Mental hospitals Bombay report 1921-28 - 1921-1928
Year: 1921
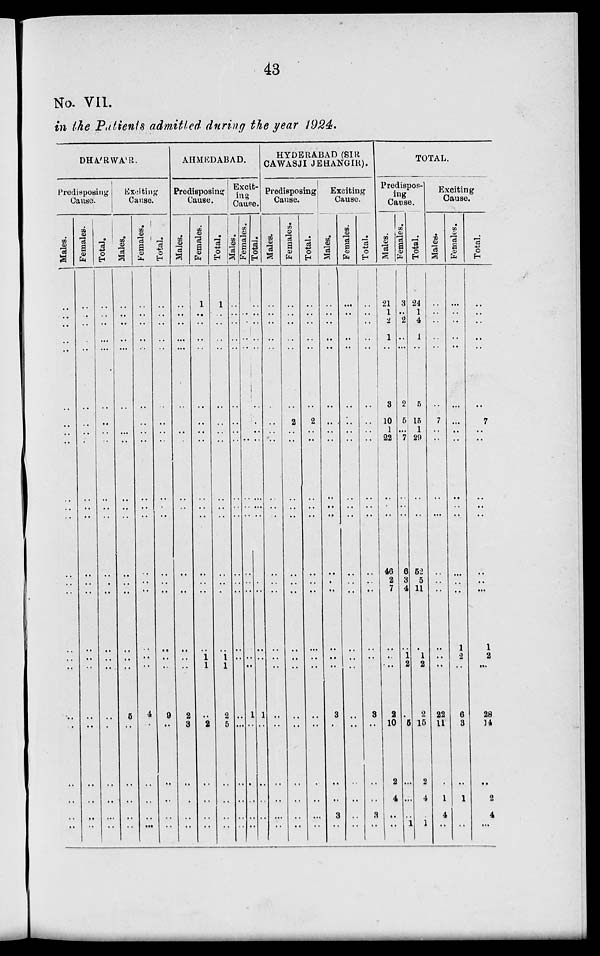
43
No. VII.
in the Patients admitted during the year 1924.
DHA'RWA'R.
Predisposing
Cause.
Males.
..
..
..
..
..
..
..
..
..
..
..
..
..
..
..
..
..
..
..
..
..
..
..
..
Females.
..
..
..
..
..
..
..
..
..
..
..
..
..
..
..
..
..
..
..
..
..
..
..
..
Tot al .
..
..
..
..
..
..
..
..
..
..
..
..
..
..
..
..
..
..
..
..
..
..
..
..
Exciting
Cause.
Males.
..
..
..
..
..
..
..
..
..
..
..
..
..
..
..
..
..
..
5
..
..
..
..
..
Females.
..
..
..
..
..
..
..
..
..
..
..
..
..
..
..
..
..
..
4
..
..
..
..
..
Tot al .
..
..
..
..
..
..
..
..
..
..
..
..
..
..
..
..
..
..
9
..
..
..
..
..
AHMEDABAD.
Predisposing
Cause.
Males.
..
..
..
..
..
..
..
..
..
..
..
..
..
..
..
..
..
..
2
3
..
..
..
..
Females.
..
..
..
..
..
..
..
..
..
..
..
..
..
..
..
..
1
1
..
2
..
..
..
..
Total.
..
..
..
..
..
..
..
..
..
..
..
..
..
..
..
..
1
1
2
5
..
..
..
..
Excit-
ing
Cause.
Males.
..
..
..
..
..
..
..
..
..
..
..
..
..
..
..
..
..
..
..
..
..
..
..
..
Females.
..
..
..
..
..
..
..
..
..
..
..
..
..
..
..
..
..
..
1
..
..
..
..
..
Total.
..
..
..
..
..
..
..
..
..
..
..
..
..
..
..
..
..
..
1
..
..
..
..
..
HYDERABAD (SIR
CAWASJI JEHANGIR).
Predisposing
Cause.
Males.
..
..
..
..
..
..
..
..
..
..
..
..
..
..
..
..
..
..
..
..
..
..
..
..
Females.
..
..
..
..
..
..
2
..
..
..
..
..
..
..
..
..
..
..
..
..
..
..
..
..
Total.
..
..
..
..
..
..
2
..
..
..
..
..
..
..
..
..
..
..
..
..
..
..
..
..
Exciting
Cause.
Males.
..
..
..
..
..
..
..
..
..
..
..
..
..
..
..
..
..
3
..
..
..
3
..
Females.
..
..
..
..
..
..
..
..
..
..
..
..
..
..
..
..
..
..
..
..
..
..
..
..
Total.
..
..
..
..
..
..
..
..
..
..
..
..
..
..
..
..
..
..
3
..
..
..
3
..
TOTAL.
Predispos-
ing
Cause.
Males.
21
1
2
1
..
3
10
1
22
..
..
..
46
2
7
..
..
..
2
10
2
4
..
..
Females.
3
..
2
..
..
2
5
...
7
..
..
..
6
3
4
..
1
2
..
5
..
..
..
1
Total.
24
1
4
1
..
5
15
1
29
..
..
..
62
5
11
..
1
2
2
15
2
4
..
1
Exciting
Cause.
Males.
..
..
..
..
..
..
7
..
..
..
..
..
..
..
..
..
..
..
22
11
..
1
4
..
Females.
..
..
..
..
..
..
..
..
..
..
..
..
..
..
..
1
2
..
6
3
..
1
..
..
Total.
..
.. ..
..
..
..
..
7
..
..
..
..
..
..
..
..
1
2
..
28
14
..
2
4
..